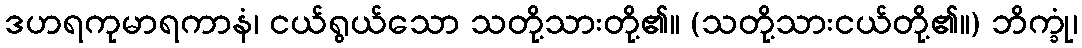
ဒဟရကုမာရကာနံ၊ ငယ်ရွယ်သော သတို့သားတို့၏။ (သတို့သားငယ်တို့၏။) ဘိက္ခုံ၊